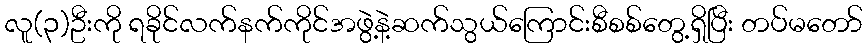
လူ(၃)ဦးကို ရခိုင်လက်နက်ကိုင်အဖွဲ့နဲ့ဆက်သွယ်ကြောင်းစီစစ်တွေ့ရှိပြီး တပ်မတော်